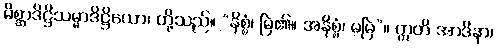
မိစ္ဆာဒိဋ္ဌိသမ္မာဒိဋ္ဌိယော၊ တို့သည်။ “နိစ္စံ၊ မြဲ၏။ အနိစ္စံ၊ မမြဲ”။ ဣတိ အာဒိနာ၊